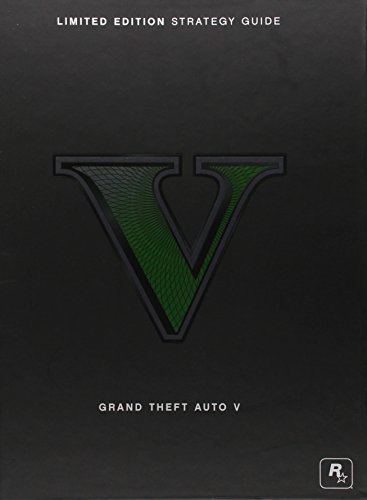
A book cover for Grand Theft Auto V Limited Edition Strategy Guide (Bradygames Strategy Guides); Tim Bogenn; Humor & Entertainment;